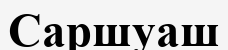
Саршуаш